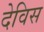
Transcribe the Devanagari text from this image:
देविस